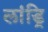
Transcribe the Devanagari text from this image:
लांड्रि